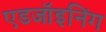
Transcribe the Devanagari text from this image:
एडजॉइनिंग